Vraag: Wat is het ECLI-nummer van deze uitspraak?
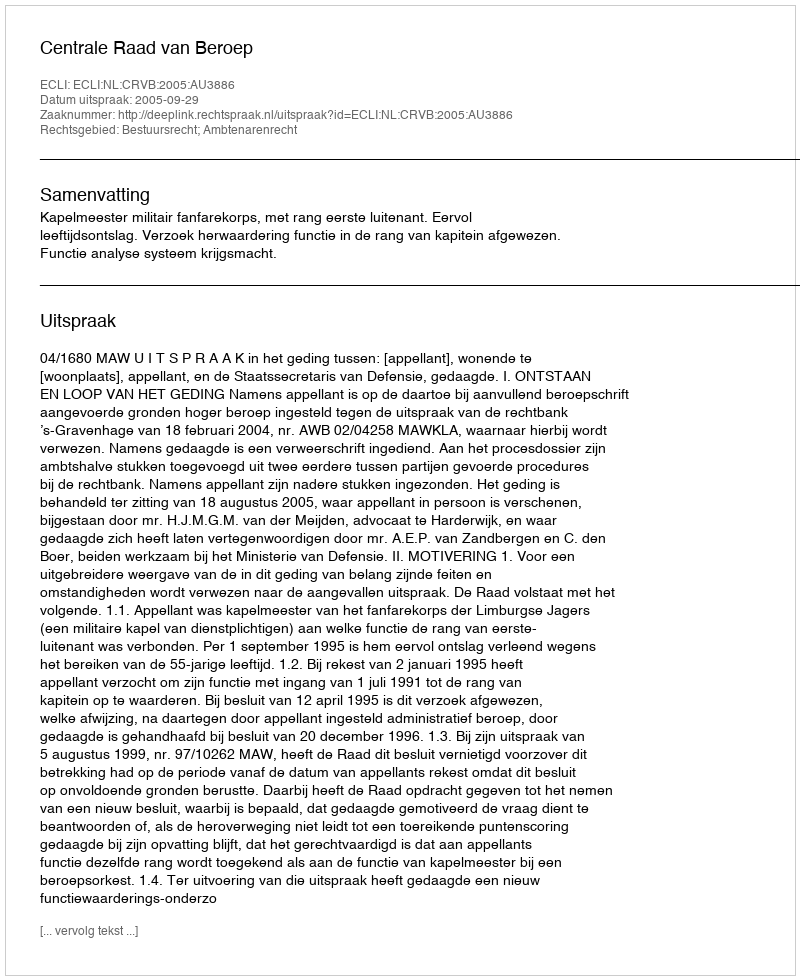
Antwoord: ECLI:NL:CRVB:2005:AU3886